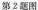
第2题图